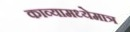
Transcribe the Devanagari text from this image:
काव्यामध्येमात्र